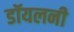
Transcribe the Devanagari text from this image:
डॉयलनी